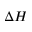
\Delta H